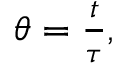
\begin{array} { r } { \theta = \frac { t } { \tau } , } \end{array}